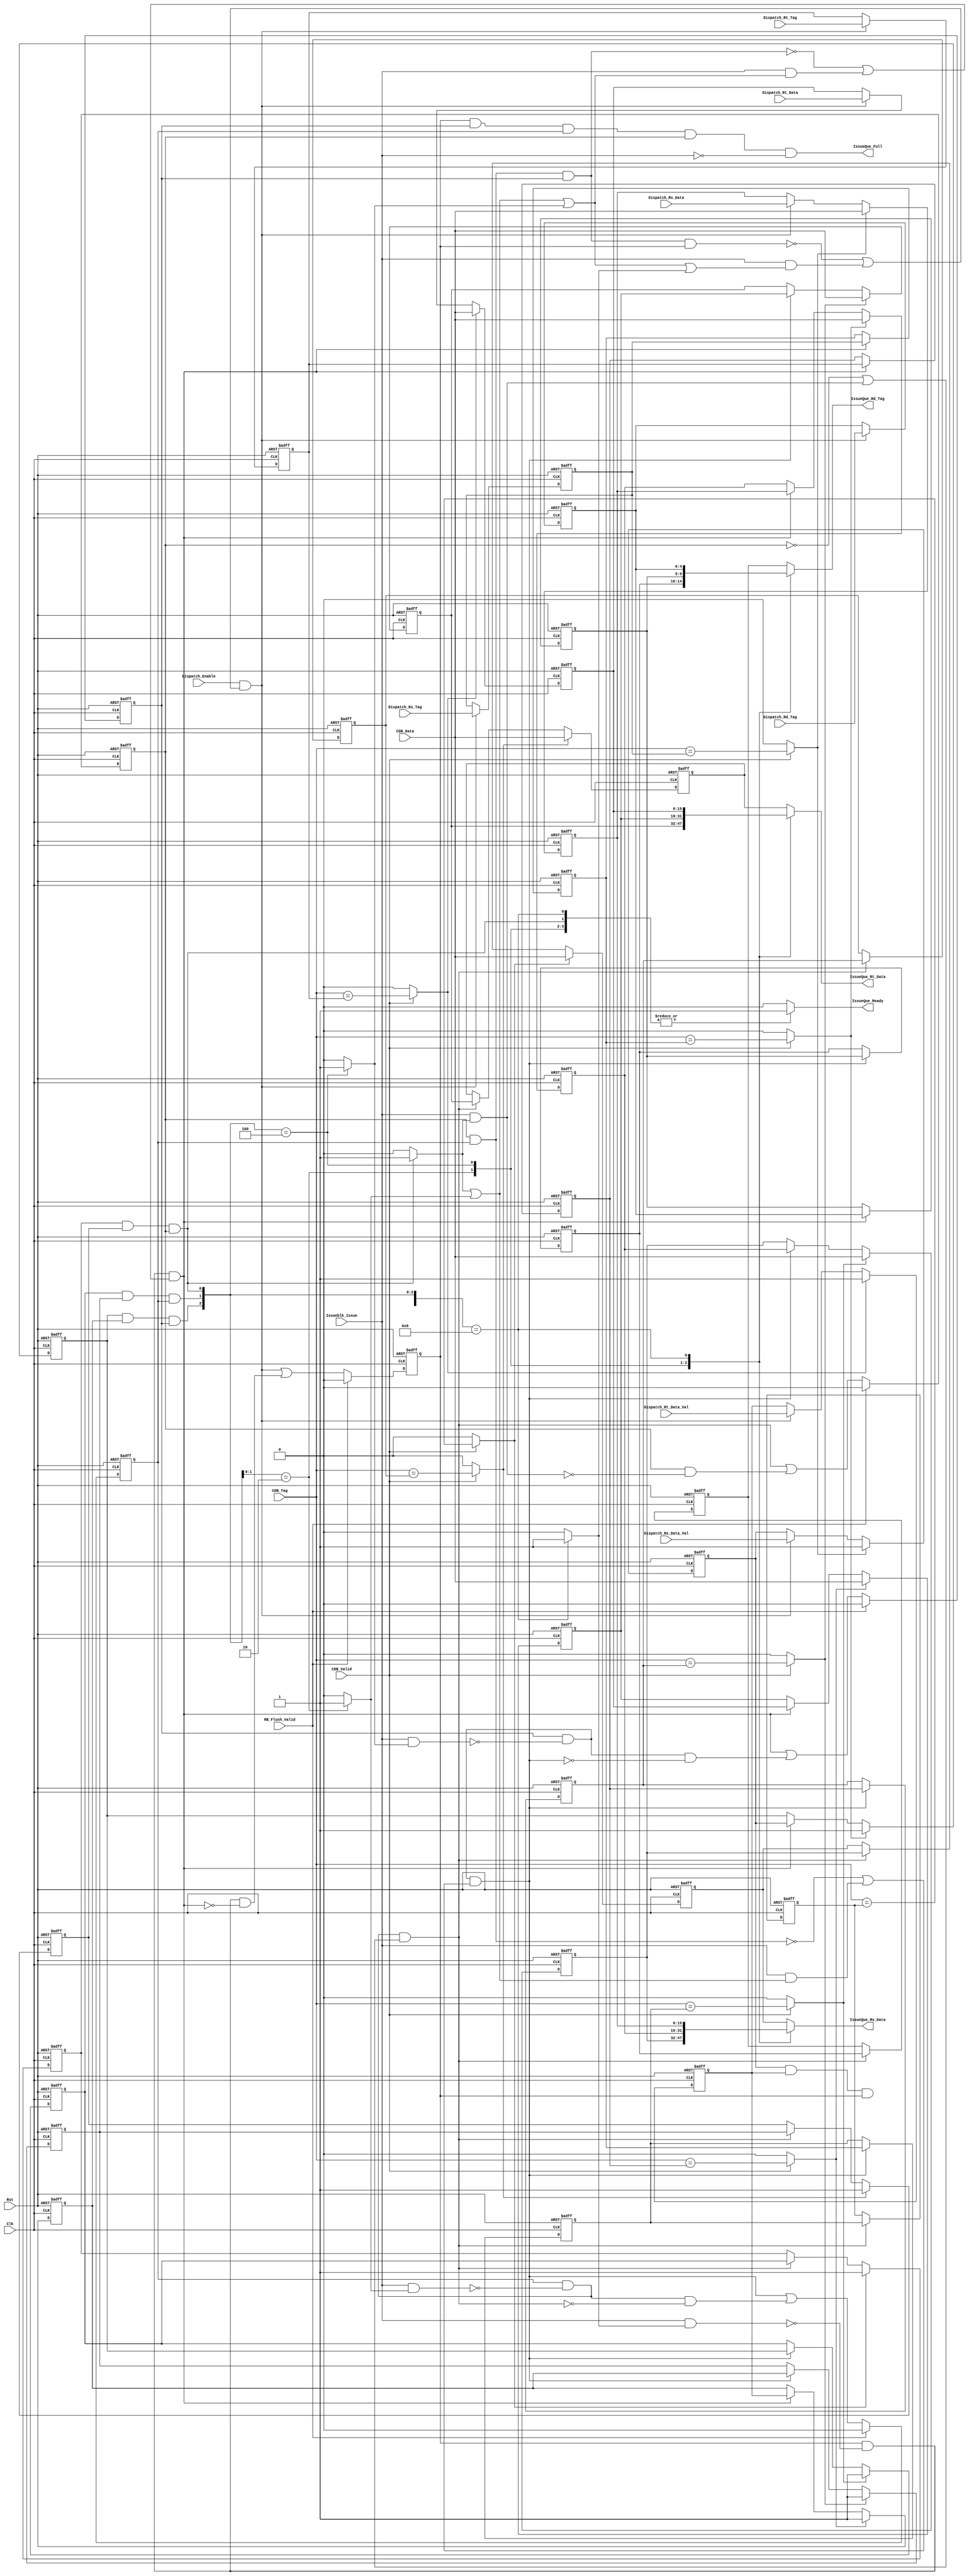
/****************************************************************************************************/
// Title      : Issue Queue Multiplication Verilog File
/****************************************************************************************************/ 
// Date of last revision : March-2012
// Notes                 : 32 bits to 16 bits for rs, rt and cdb
//
/****************************************************************************************************/  

module IssueQueueMult (

   // Port Declarations
   input                Clk,
   input                Rst,
   // Interface with Dispatch
   input       [ 4:0]   Dispatch_Rd_Tag,
   input       [15:0]   Dispatch_Rs_Data,
   input       [ 4:0]   Dispatch_Rs_Tag,
   input                Dispatch_Rs_Data_Val,   // '1' Data is valid; '0' Data is unknown
   input       [15:0]   Dispatch_Rt_Data,
   input       [ 4:0]   Dispatch_Rt_Tag,
   input                Dispatch_Rt_Data_Val,   // '1' Data is valid; '0' Data is unknown
   input                Dispatch_Enable,
   output reg           IssueQue_Full,
   // Interface with CDB
   input       [ 4:0]   CDB_Tag,
   input       [15:0]   CDB_Data,
   input                CDB_Valid,  // '1' Data and TAG are valid
   // Interface with Issue Unit
   output reg           IssueQue_Ready,
   output reg  [15:0]   IssueQue_Rs_Data,
   output reg  [15:0]   IssueQue_Rt_Data,
   output reg  [ 4:0]   IssueQue_Rd_Tag,
   input                Issueblk_Issue,  // '1' Instruction has been issued
   // Interface with Retire Bus
   input                RB_Flush_Valid   // '1' Data inside queue must be flushed
);

   parameter N_QUEUE = 4;
   integer i;

   // Queue data-fields registers
   reg [ 4:0] rd_tag_reg  [0:N_QUEUE-1];
   reg [ 4:0] rs_tag_reg  [0:N_QUEUE-1];
   reg [15:0] rs_data_reg [0:N_QUEUE-1];
   reg        rs_val_reg  [0:N_QUEUE-1];
   reg [ 4:0] rt_tag_reg  [0:N_QUEUE-1];
   reg [15:0] rt_data_reg [0:N_QUEUE-1];
   reg        rt_val_reg  [0:N_QUEUE-1];
   reg        valid_reg   [0:N_QUEUE-1];

   // Internal Signals
   reg valid_logic     [0:N_QUEUE-1];
   reg queue_add;
   reg queue_shift     [1:N_QUEUE-1];
   reg queue_rs_match  [0:N_QUEUE-1];
   reg queue_rt_match  [0:N_QUEUE-1];
   reg queue_ready     [0:N_QUEUE-1];
   reg queue_issue     [0:N_QUEUE-1];
   
   
   // Match(for Update) and Ready Queue Logic
   always@(*) begin : Match_Rdy_Logic
      //integer i;
      // Match CDB_TAG vs RS/RT TAG logic
      for(i = 0; i<N_QUEUE; i = i+1) begin
         queue_rt_match[i] = (CDB_Valid) ?  (CDB_Tag == rt_tag_reg[i]) : 1'b0;
         queue_rs_match[i] = (CDB_Valid) ?  (CDB_Tag == rs_tag_reg[i]) : 1'b0;
      end
     
      for(i = 0; i<N_QUEUE; i = i+1) begin
         queue_ready[i] = rs_val_reg[i] & rt_val_reg[i] & valid_reg[i]; 
      end
      
   end
   
   // Add, Shift and Valid logic
   always@(*) begin
     
      queue_add      = (Dispatch_Enable) & ( ~(valid_reg[0]&valid_reg[1]&valid_reg[2]&valid_reg[3]) | (Issueblk_Issue & (queue_issue[0]|queue_issue[1]|queue_issue[2]|queue_issue[3]))  );
      queue_shift[1] = (valid_reg[1]) & (~(Issueblk_Issue & queue_issue[1])) & ( ~(valid_reg[0]                          ) | (Issueblk_Issue &  queue_issue[0]                               ) );
      queue_shift[2] = (valid_reg[2]) & (~(Issueblk_Issue & queue_issue[2])) & ( ~(valid_reg[0]&valid_reg[1]             ) | (Issueblk_Issue & (queue_issue[0]|queue_issue[1]               )) );
      queue_shift[3] = (valid_reg[3]) & (~(Issueblk_Issue & queue_issue[3])) & ( ~(valid_reg[0]&valid_reg[1]&valid_reg[2]) | (Issueblk_Issue & (queue_issue[0]|queue_issue[1]|queue_issue[2])) );   
   
      valid_logic[0] = (RB_Flush_Valid) ? 1'b0 : ( queue_shift[1] | (valid_reg[0] & (~(Issueblk_Issue & queue_issue[0]))      ) );
      valid_logic[1] = (RB_Flush_Valid) ? 1'b0 : ( queue_shift[2] | (valid_reg[1] & (~(Issueblk_Issue & queue_issue[1])) & (~queue_shift[1])) );
      valid_logic[2] = (RB_Flush_Valid) ? 1'b0 : ( queue_shift[3] | (valid_reg[2] & (~(Issueblk_Issue & queue_issue[2])) & (~queue_shift[2])) );
      valid_logic[3] = (RB_Flush_Valid) ? 1'b0 : ( queue_add      | (valid_reg[3] & (~(Issueblk_Issue & queue_issue[3])) & (~queue_shift[3])) );
           
   end

   //Output
   always@(*) begin

      // Default values for queue_issue
      for(i = 0; i<N_QUEUE; i = i+1) begin
         queue_issue[i] = 1'b0;
      end

      casex({queue_ready[3],queue_ready[2],queue_ready[1],queue_ready[0]})

         {1'bX, 1'bX, 1'bX, 1'b1}: begin
            queue_issue[0]   = 1'b1; 
            IssueQue_Ready   = 1'b1;
            IssueQue_Rs_Data = rs_data_reg[0];
            IssueQue_Rt_Data = rt_data_reg[0];
            IssueQue_Rd_Tag  = rd_tag_reg [0];   
         end
         {1'bX, 1'bX, 1'b1, 1'b0}: begin
            queue_issue[1]   = 1'b1; 
            IssueQue_Ready   = 1'b1;
            IssueQue_Rs_Data = rs_data_reg[1];
            IssueQue_Rt_Data = rt_data_reg[1];
            IssueQue_Rd_Tag  = rd_tag_reg [1]; 
         end
         {1'bX, 1'b1, 1'b0, 1'b0}: begin
            queue_issue[2]   = 1'b1;
            IssueQue_Ready   = 1'b1;
            IssueQue_Rs_Data = rs_data_reg[2];
            IssueQue_Rt_Data = rt_data_reg[2];
            IssueQue_Rd_Tag  = rd_tag_reg [2]; 
         end
         {1'b1, 1'b0, 1'b0, 1'b0}: begin
            queue_issue[3]   = 1'b1;
            IssueQue_Ready   = 1'b1;
            IssueQue_Rs_Data = rs_data_reg[3];
            IssueQue_Rt_Data = rt_data_reg[3];
            IssueQue_Rd_Tag  = rd_tag_reg [3];  
         end
         
         default: begin  // No necesario si se ponen default values al principio
            IssueQue_Ready   = 1'b0;
            IssueQue_Rs_Data = rs_data_reg[0];
            IssueQue_Rt_Data = rt_data_reg[0];
            IssueQue_Rd_Tag  = rd_tag_reg [0];        
         end  
        
      endcase
      
      IssueQue_Full = valid_reg[3] & valid_reg[2] & valid_reg[1] & valid_reg[0] & (~Issueblk_Issue);  

   end

   // Instruction Queues Sequential Logic
   always@(posedge Clk, posedge Rst) begin
   
      if(Rst) begin
         for(i = 0; i < N_QUEUE; i = i + 1) begin
            rd_tag_reg  [i] <= 5'b0;
            rs_tag_reg  [i] <= 5'b0;
            rs_data_reg [i] <= 16'h0;
            rs_val_reg  [i] <= 1'b0;
            rt_tag_reg  [i] <= 5'b0;
            rt_data_reg [i] <= 16'h0;
            rt_val_reg  [i] <= 1'b0;
            valid_reg   [i] <= 1'b0;
         end
      end
       
      else begin

         for(i = 0; i < N_QUEUE; i = i + 1) begin
            

            if(i == (N_QUEUE-1)) begin

               rd_tag_reg[i] <= (queue_add) ? Dispatch_Rd_Tag : rd_tag_reg[i];
               rs_tag_reg[i] <= (queue_add) ? Dispatch_Rs_Tag : rs_tag_reg[i];
               rt_tag_reg[i] <= (queue_add) ? Dispatch_Rt_Tag : rt_tag_reg[i];

               rs_data_reg[i] <= (queue_rs_match[i]) ? CDB_Data :  (queue_add)  ? Dispatch_Rs_Data     : rs_data_reg[i];
               rs_val_reg [i] <= (queue_rs_match[i]) ? 1'b1     :  (queue_add)  ? Dispatch_Rs_Data_Val : rs_val_reg [i];
               rt_data_reg[i] <= (queue_rt_match[i]) ? CDB_Data :  (queue_add)  ? Dispatch_Rt_Data     : rt_data_reg[i];
               rt_val_reg [i] <= (queue_rt_match[i]) ? 1'b1     :  (queue_add)  ? Dispatch_Rt_Data_Val : rt_val_reg [i];

               valid_reg [i] <=  valid_logic[i];

            end
            else begin

               rd_tag_reg[i] <= (queue_shift[i+1]) ? rd_tag_reg[i+1] : rd_tag_reg[i];
               rs_tag_reg[i] <= (queue_shift[i+1]) ? rs_tag_reg[i+1] : rs_tag_reg[i];
               rt_tag_reg[i] <= (queue_shift[i+1]) ? rt_tag_reg[i+1] : rt_tag_reg[i];

               rs_data_reg[i] <= (queue_rs_match[i]) ? CDB_Data :  (queue_shift[i+1])  ? rs_data_reg[i+1] : rs_data_reg[i];
               rs_val_reg [i] <= (queue_rs_match[i]) ? 1'b1     :  (queue_shift[i+1])  ? rs_val_reg [i+1] : rs_val_reg [i];
               rt_data_reg[i] <= (queue_rt_match[i]) ? CDB_Data :  (queue_shift[i+1])  ? rt_data_reg[i+1] : rt_data_reg[i];
               rt_val_reg [i] <= (queue_rt_match[i]) ? 1'b1     :  (queue_shift[i+1])  ? rt_val_reg [i+1] : rt_val_reg [i];

               valid_reg [i] <=  valid_logic[i];

            end

         end
         
      end
     
  end
  
  

endmodule